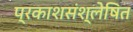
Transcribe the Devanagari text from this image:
प्रकाशसंश्लेषित